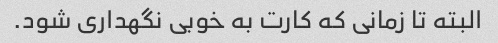
البته تا زمانی که کارت به خوبی نگهداری شود.